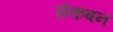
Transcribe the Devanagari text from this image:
सेकबन